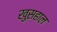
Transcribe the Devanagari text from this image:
खुसहाल